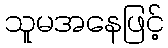
သူမအနေဖြင့်